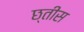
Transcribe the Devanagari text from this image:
छ्तीस